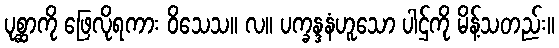
ပုစ္ဆာကို ဖြေလိုရကား ဝိသေသ။ လ။ ပက္ခန္ဒနံဟူသော ပါဌ်ကို မိန့်သတည်း။